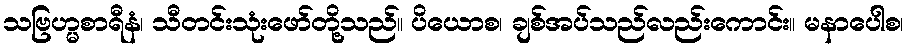
သဗြဟ္မစာရီနံ၊ သီတင်းသုံးဖော်တို့သည်။ ပိယောစ၊ ချစ်အပ်သည်လည်းကောင်း။ မနာပေါစ၊